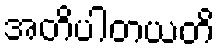
အတိပါတယတိ